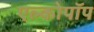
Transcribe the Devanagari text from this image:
एल्कोपॉप